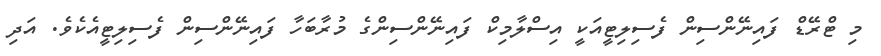
މި ޓްރޭޑް ފައިނޭންސިން ފެސިލިޓީއަކީ އިސްލާމިކް ފައިނޭންސިންގެ މުރާބަހާ ފައިނޭންސިން ފެސިލިޓީއެކެވެ. އަދި